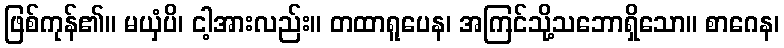
ဖြစ်ကုန်၏။ မယှံပိ၊ ငါ့အားလည်း။ တထာရူပေန၊ အကြင်သို့သဘောရှိသော။ စာဂေန၊